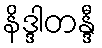
နိဒ္ဒါတန္ဒီ